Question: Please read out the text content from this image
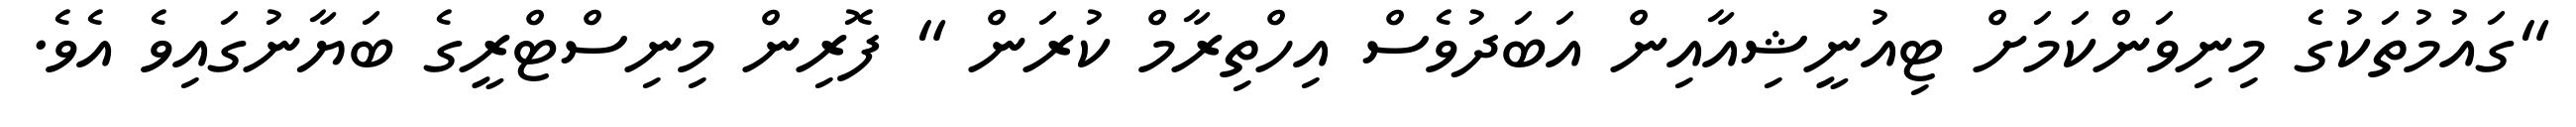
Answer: "ގައުމުތަކުގެ މިނިވަންކަމަށް ޓިއުނީޝިއާއިން އަބަދުވެސް އިހްތިރާމް ކުރަން " ފޮރިން މިނިސްޓްރީގެ ބަޔާނުގައިވެ އެވެ.